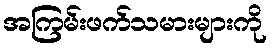
အကြမ်းဖက်သမားများကို